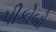
પીકોબો